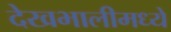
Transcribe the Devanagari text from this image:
देखभालीमध्ये